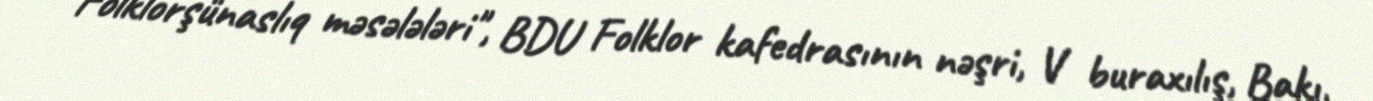
Folklorşünaslıq məsələləri", BDU Folklor kafedrasının nəşri, V buraxılış, Bakı,